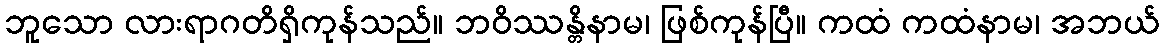
ဘူသော လားရာဂတိရှိကုန်သည်။ ဘဝိဿန္တိနာမ၊ ဖြစ်ကုန်ပြီ။ ကထံ ကထံနာမ၊ အဘယ်